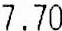
7.70